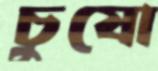
চুষো